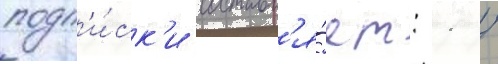
подп'и́ск'и составл'я́ет: 1 /